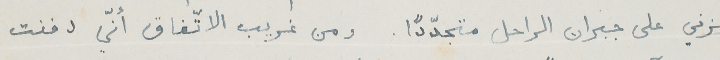
حزني على جبران الراحل متجدّداً. ومن غريب الاتّفاق أنّي دفنت